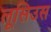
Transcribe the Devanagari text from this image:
लूसिउस